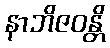
နာဘိဇဝန္တိ